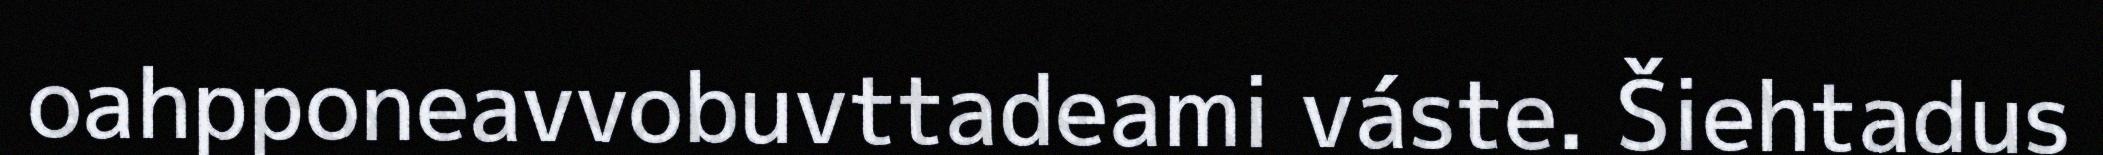
oahpponeavvobuvttadeami váste. Šiehtadus